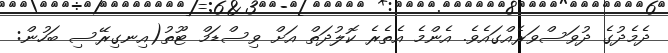
ދެމެދުގެ ދުވަސްވަރެއްގައެވެ. އެންމެ އެތެރެ ކޮލުދަތް އަށް ވިސްޑަމް ޓޫތު(އިނގިރޭސި ބަހުން: